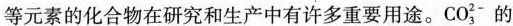
等元素的化合物在研究和生产中有许多重要用途。CO_{3}^{2-}